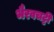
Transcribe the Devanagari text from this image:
भैरवचट्टी